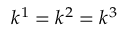
k ^ { 1 } = k ^ { 2 } = k ^ { 3 }